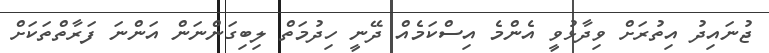
ޖުނައިދު އިތުރަށް ވިދާޅުވީ އެންމެ އިސްކަމެއް ދޭނީ ހިދުމަތް ލިބިގަންނަން އަންނަ ފަރާތްތަކަށް